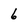
Character: 6